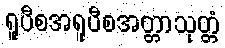
ရူပီစအရူပီစအတ္တာသုတ္တံ